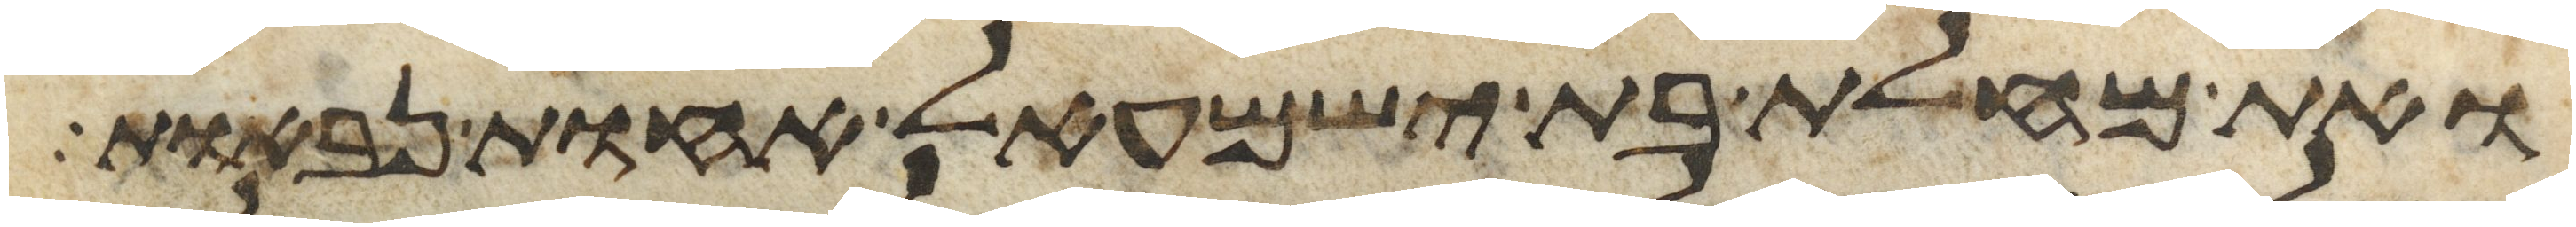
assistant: ואת מחלת בת ישמעאל אחות נבאות